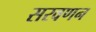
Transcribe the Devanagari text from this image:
सरवणन